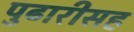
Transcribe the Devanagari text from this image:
पुढारीसह